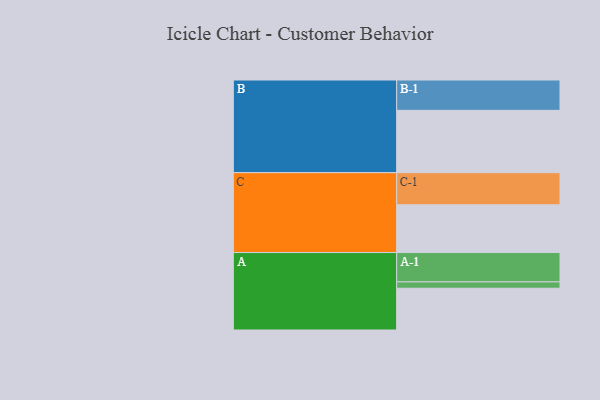
{"axis": {"x": "Segment", "y": "Value"}, "legend": ["", "A", "B", "C"], "data": [{"x": "A", "y": 329, "type": ""}, {"x": "B", "y": 491, "type": ""}, {"x": "C", "y": 376, "type": ""}, {"x": "A-1", "y": 231, "type": "A"}, {"x": "A-2", "y": 50, "type": "A"}, {"x": "B-1", "y": 239, "type": "B"}, {"x": "C-1", "y": 253, "type": "C"}]}